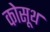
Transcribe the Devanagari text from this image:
कोसूथ